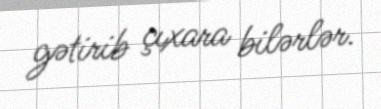
gətirib çıxara bilərlər.